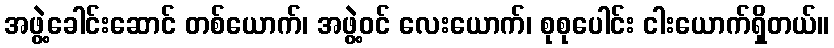
အဖွဲ့ခေါင်းဆောင် တစ်ယောက်၊ အဖွဲ့ဝင် လေးယောက်၊ စုစုပေါင်း ငါးယောက်ရှိတယ်။